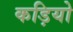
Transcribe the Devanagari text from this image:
कड़ियो